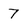
Character: 7